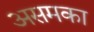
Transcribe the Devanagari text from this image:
असमका